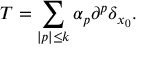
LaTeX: T = \sum _ { | p | \leq k } \alpha _ { p } \partial ^ { p } \delta _ { x _ { 0 } } .